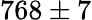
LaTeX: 768\pm 7